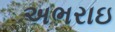
અભરાઇ